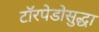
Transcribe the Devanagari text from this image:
टॉरपेडोसुद्धा